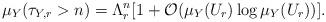
LaTeX: \begin{align*}\mu_Y(\tau_{Y,r} > n) = \Lambda_r^n[1 + \mathcal{O}(\mu_Y(U_r)\log \mu_Y(U_r))] .\end{align*}